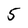
Character: 5